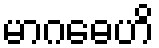
မာဂဓေဟိ